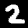
Label: 2